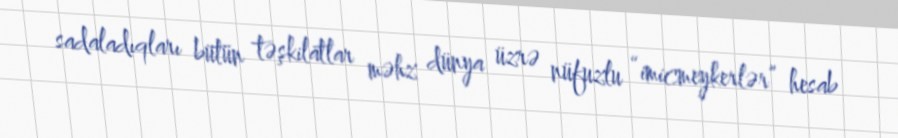
sadaladıqları bütün təşkilatlar məhz dünya üzrə nüfuzlu “imicmeykerlər” hesab